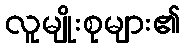
လူမျိုးစုများ၏